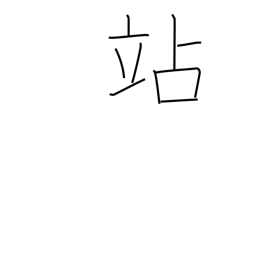
Meaning: halt